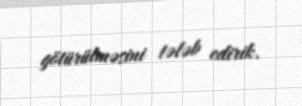
götürülməsini tələb edirik.